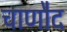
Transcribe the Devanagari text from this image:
चाणौद